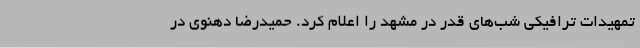
تمهیدات ترافیکی شب‌های قدر در مشهد را اعلام کرد. حمیدرضا دهنوی در